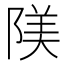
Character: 𨺰